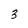
Character: 3